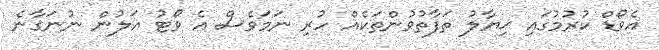
އެވޯޑް ކުރުމުގައި ޚިޔާލު ތަފާތުވުންތަކެއް ހުރި ނަމަވެސް އެ ވޯޓު އަލުން ނުނަގާނެ